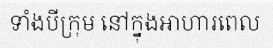
ទាំងបីក្រុម នៅក្នុងអាហារពេល